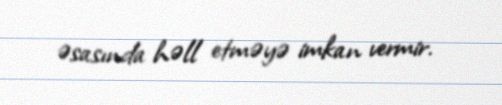
əsasında həll etməyə imkan vermir.